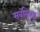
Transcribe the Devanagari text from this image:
सर्वोत्कॄष्ठ